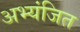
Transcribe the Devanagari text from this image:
अभ्यंजित